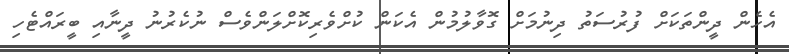
އެހެން ދީންތަކަށް ފުރުސަތު ދިނުމަށް ގޮވާލުމުން އެކަން ކުށްވެރިކޮށްލަންވެސް ނުކެރުނު ދީނާއި ބީރައްޓެހި